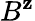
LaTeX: B^{\mathbf{z}}